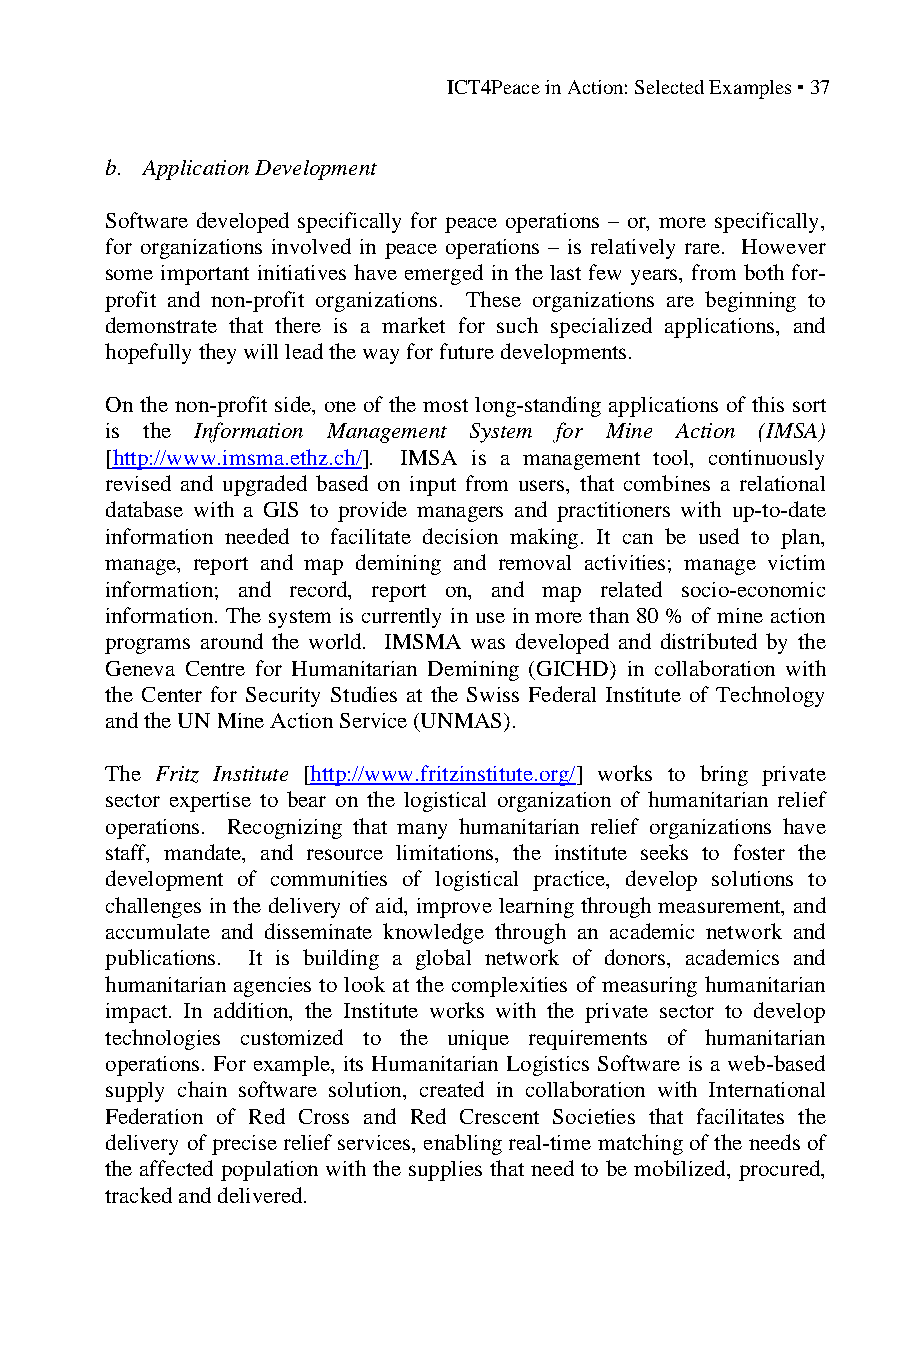
ICT4Peace in Action: Selected Examples ▪ 37
 b. Application Development
 Software developed specifically for peace operations – or, more specifically,
 for organizations involved in peace operations – is relatively rare. However
 some important initiatives have emerged in the last few years, from both for-
 profit and non-profit organizations. These organizations are beginning to
 demonstrate that there is a market for such specialized applications, and
 hopefully they will lead the way for future developments.
 On the non-profit side, one of the most long-standing applications of this sort
 is the Information Management System for Mine Action (IMSA)
 [http://www.imsma.ethz.ch/]. IMSA is a management tool, continuously
 revised and upgraded based on input from users, that combines a relational
 database with a GIS to provide managers and practitioners with up-to-date
 information needed to facilitate decision making. It can be used to plan,
 manage, report and map demining and removal activities; manage victim
 information; and record, report on, and map related socio-economic
 information. The system is currently in use in more than 80 % of mine action
 programs around the world. IMSMA was developed and distributed by the
 Geneva Centre for Humanitarian Demining (GICHD) in collaboration with
 the Center for Security Studies at the Swiss Federal Institute of Technology
 and the UN Mine Action Service (UNMAS).
 The Fritz Institute [http://www.fritzinstitute.org/] works to bring private
 sector expertise to bear on the logistical organization of humanitarian relief
 operations. Recognizing that many humanitarian relief organizations have
 staff, mandate, and resource limitations, the institute seeks to foster the
 development of communities of logistical practice, develop solutions to
 challenges in the delivery of aid, improve learning through measurement, and
 accumulate and disseminate knowledge through an academic network and
 publications. It is building a global network of donors, academics and
 humanitarian agencies to look at the complexities of measuring humanitarian
 impact. In addition, the Institute works with the private sector to develop
 technologies customized to the unique requirements of humanitarian
 operations. For example, its Humanitarian Logistics Software is a web-based
 supply chain software solution, created in collaboration with International
 Federation of Red Cross and Red Crescent Societies that facilitates the
 delivery of precise relief services, enabling real-time matching of the needs of
 the affected population with the supplies that need to be mobilized, procured,
 tracked and delivered.